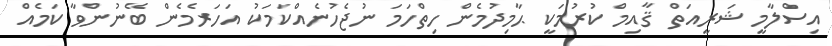
އިސްލާމީ ޝަރީއަތް ޤާއިމް ކުރުމަކީ ޙާމިދުމެން ހިތްހަމަ ނުޖެހުނެއްކަމަކު އަހަރެމެން ބޭނުންވާ ކަމެއް